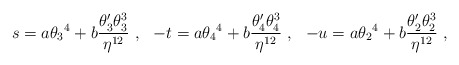
\begin{align*}s = a {\theta_3}^4 + b{\theta_3^\prime\theta_3^3 \over \eta^{12}} \ , \ \ -t= a {\theta_4}^4 + b{\theta_4^\prime\theta_4^3 \over \eta^{12}}\ , \ \ -u = a {\theta_2}^4+ b {\theta_2^\prime\theta_2^3 \over \eta^{12}} \ ,\end{align*}